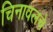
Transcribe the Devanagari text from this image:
चिनावलचे